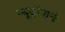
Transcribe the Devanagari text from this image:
न्यूट्रॉनाचे